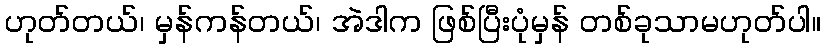
ဟုတ်တယ်၊ မှန်ကန်တယ်၊ အဲဒါက ဖြစ်ပြီးပုံမှန် တစ်ခုသာမဟုတ်ပါ။